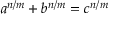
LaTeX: a ^ { n / m } + b ^ { n / m } = c ^ { n / m }